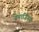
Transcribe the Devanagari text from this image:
ग्रेनाजिनस